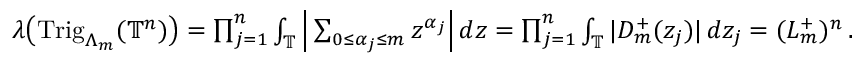
\begin{array} { r } { \boldsymbol { \lambda } \big ( \mathrm { T r i g } _ { \Lambda _ { m } } ( \mathbb { T } ^ { n } ) \big ) = \prod _ { j = 1 } ^ { n } \int _ { \mathbb { T } } \Big | \sum _ { 0 \le \alpha _ { j } \le m } z ^ { \alpha _ { j } } \Big | \, d z = \prod _ { j = 1 } ^ { n } \int _ { \mathbb { T } } | D _ { m } ^ { + } ( z _ { j } ) | \, d z _ { j } = ( L _ { m } ^ { + } ) ^ { n } \, . } \end{array}